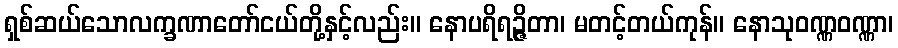
ရှစ်ဆယ်သောလက္ခဏာတော်ငယ်တို့နှင့်လည်း။ နောပရိရဉ္ဇိတာ၊ မတင့်တယ်ကုန်။ နောသုဝဏ္ဏဝဏ္ဏာ၊